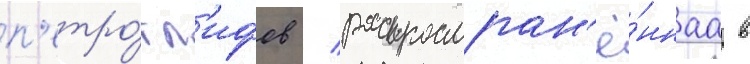
п'етро́гл'ифов / распростран'ё́ннаа в